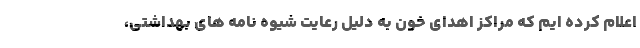
اعلام کرده ایم که مراکز اهدای خون به دلیل رعایت شیوه نامه های بهداشتی،